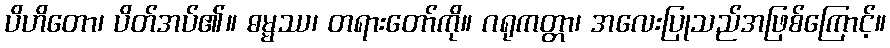
ပိဟိတော၊ ပိတ်အပ်၏။ ဓမ္မဿ၊ တရားတော်ကို။ ဂရုကတ္တာ၊ အလေးပြုသည်အဖြစ်ကြောင့်။